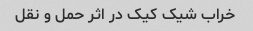
خراب شیک کیک در اثر حمل و نقل